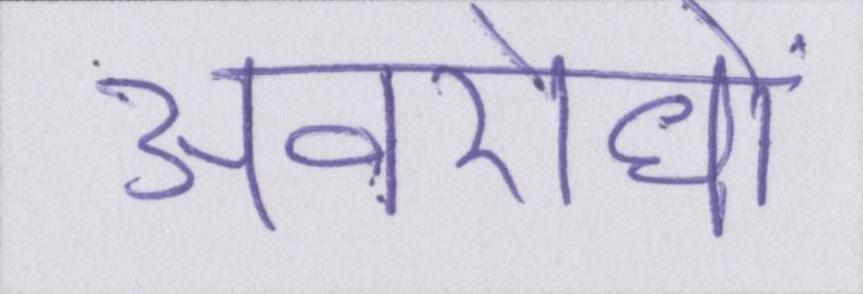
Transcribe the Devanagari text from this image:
अवरोधों